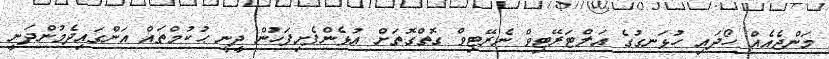
މަންޖެއެއް ހޯދައި ހުޅަނގުގެ އަލްޓަރޭޓިވް ނެރޭޓިވް ގޮތްގޮތަށް އުޅެންފެށިފަހުން ދީނީ ޙުކުމްތައް އަންގައިދެމުންދަނީ